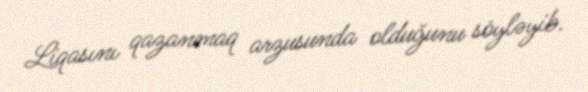
Liqasını qazanmaq arzusunda olduğunu söyləyib.